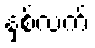
နှစ်လက်